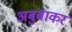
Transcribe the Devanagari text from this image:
अबुबाकर